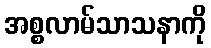
အစ္စလာမ်သာသနာကို